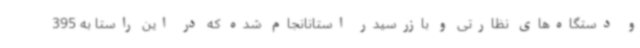
و دستگاه‌های نظارتی و بازرسیدر استانانجام شده که در این راستا به 395